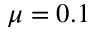
\mu = 0 . 1